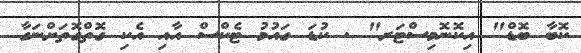
ކޮބާ ބޮޑް" އިކޮނޮމިސްޓަރ" . ކުޑަ ގައުމު ޓެކްސް އާއި އެކި ގޮތްގޮތަށްނަގާ